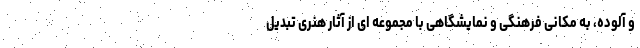
و آلوده، به مکانی فرهنگی و نمایشگاهی با مجموعه ای از آثار هنری تبدیل